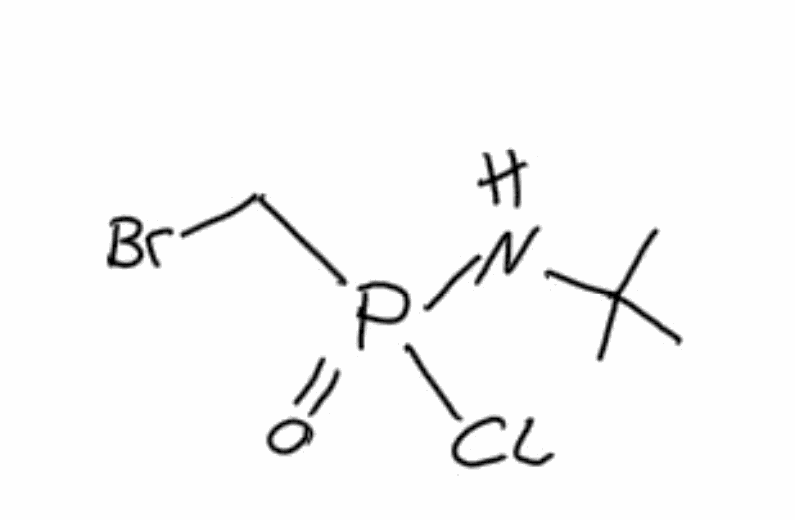
Simplified molecular-input line-entry system (SMILES) notation of the given molecule:
CC(C)(C)NP(=O)(CBr)Cl